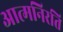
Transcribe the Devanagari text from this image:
आत्मनिरति